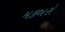
મકબરો